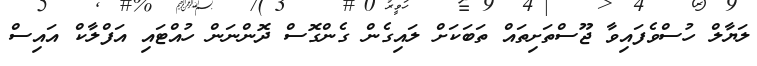
ލަޔާލް ހުސްވެފައިވާ ޖޫސްތަށިތައް ތަބަކަށް ލައިގެން ގެންގޮސް ދޮންނަން ހުއްޓައި އަފްލާކް އައިސް